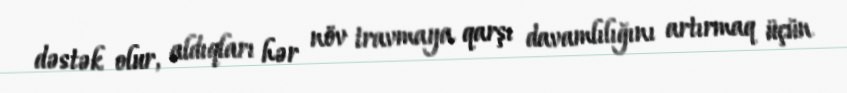
dəstək olur, aldıqları hər növ travmaya qarşı davamlılığını artırmaq üçün